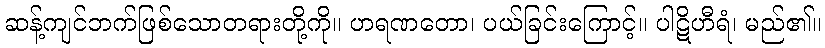
ဆန့်ကျင်ဘက်ဖြစ်သောတရားတို့ကို။ ဟရဏတော၊ ပယ်ခြင်းကြောင့်။ ပါဋိဟီရံ၊ မည်၏။